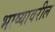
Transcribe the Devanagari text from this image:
भाष्यावरील